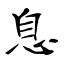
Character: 息